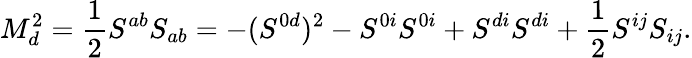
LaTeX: M_{d}^{2}=\frac{1}{2}S^{ab}S_{ab}=-(S^{0d})^{2}-S^{0i}S^{0i}+S^{di}S^{di}+\frac{1}{2}S^{ij}S_{ij}.